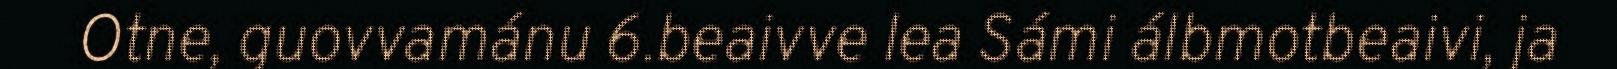
Otne, guovvamánu 6.beaivve lea Sámi álbmotbeaivi, ja